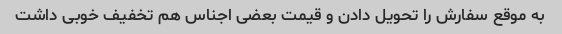
به موقع سفارش را تحویل دادن و قیمت بعضی اجناس هم تخفیف خوبی داشت